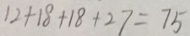
1 2 + 1 8 + 1 8 + 2 7 = 7 5